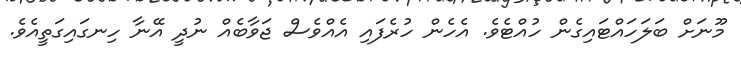
މޫނަށް ބަލަހައްޓައިގެން ހުއްޓެވެ. އެހެން ހުރެފައި އެއްވެސް ޖަވާބެއް ނުދީ އޭނާ ހިނގައިގަތީއެވެ.